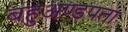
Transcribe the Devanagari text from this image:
बहुअण्डपता